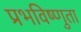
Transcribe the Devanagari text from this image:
प्रभविष्णुता